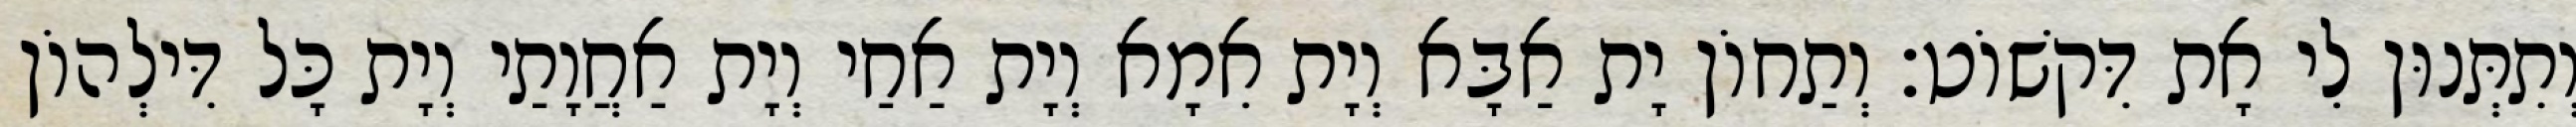
וְתִתְּנוּן לִי אָת דִּקשׁוֹט׃ וְתַחוֹן יָת אַבָּא וְיָת אִמָא וְיָת אַחַי וְיָת אַחֲוָתַי וְיָת כָּל דִּילְהוֹן